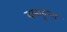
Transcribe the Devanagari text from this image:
दलाहुआ